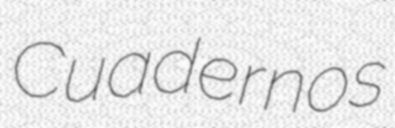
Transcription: Cuadernos